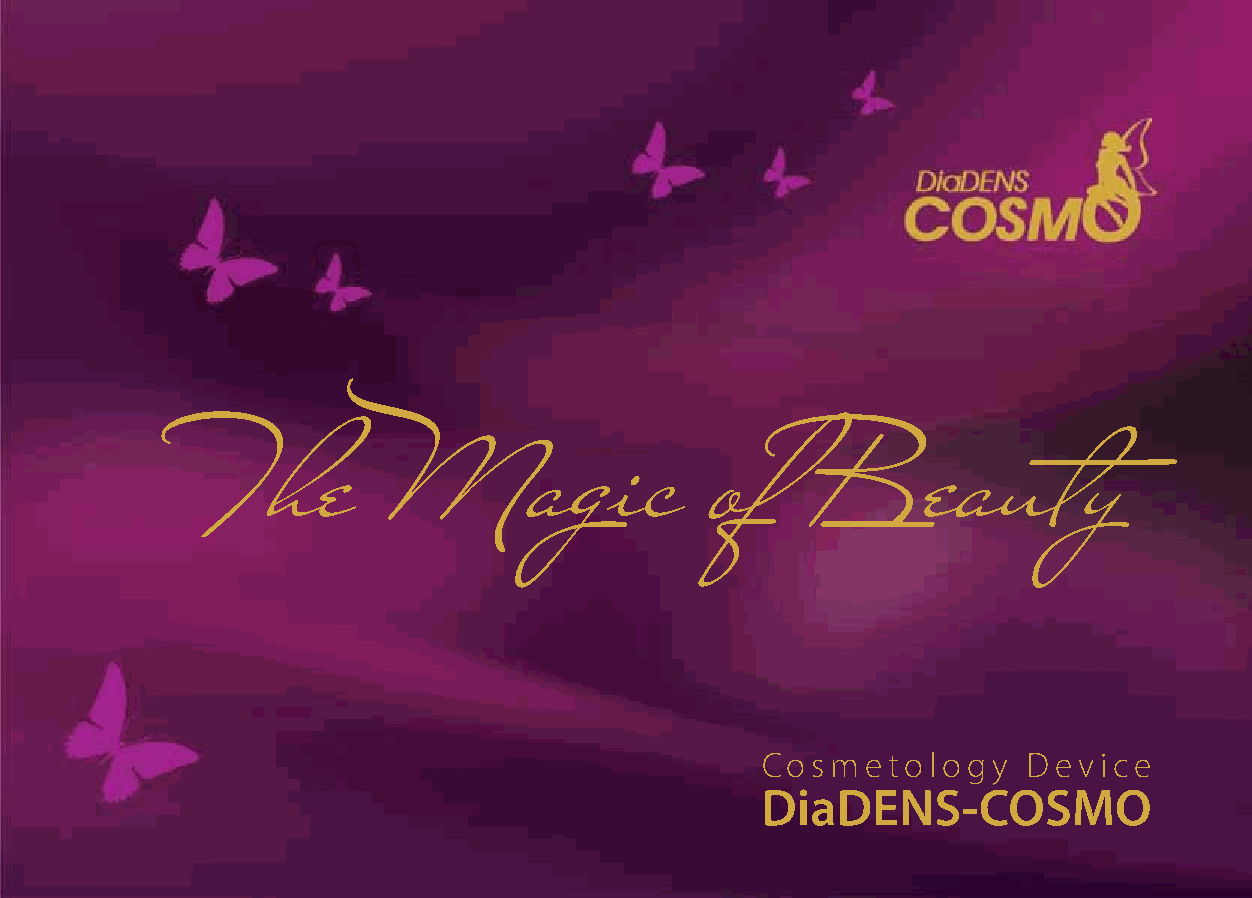
The         Magic                 of     Beauty
 Cosmetology       Device
 DiaDENS-COSMO